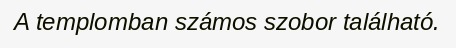
A templomban számos szobor található.